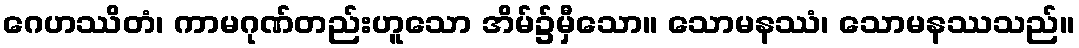
ဂေဟဿိတံ၊ ကာမဂုဏ်တည်းဟူသော အိမ်၌မှီသော။ သောမနဿံ၊ သောမနဿသည်။